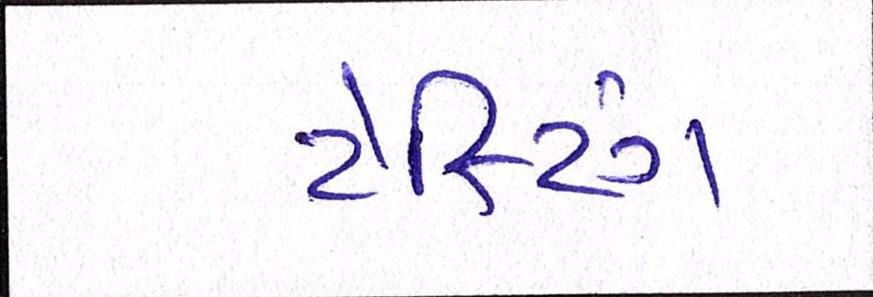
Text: ટેસ્ટિંગ